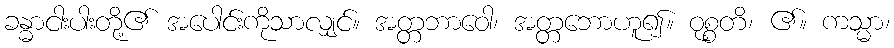
ခန္ဓာငါးပါးတို့၏ အပေါင်းကိုသာလျှင်။ အတ္တဘာဝေါ၊ အတ္တဘောဟူ၍။ ဝုစ္စတိ၊ ၏။ ကသ္မာ၊